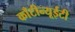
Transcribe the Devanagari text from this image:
काँटीन्यूईटी